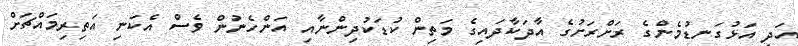
އަދި އަޅުގަނޑުމެންގެ ރަށްރަށުގެ އާދަކާދައިގެ މަތިން ކުޑަކުދިންނާއި އަންހެނުން ވެސް އެކަނި އަތިރިމައްޗަށް